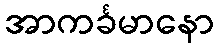
အာကင်္ခမာနော